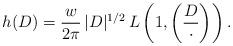
LaTeX: \begin{align*}h(D)=\frac{w}{2\pi}\,|D|^{1/2}\,L\left(1,\left(\frac{D}{\cdot}\right)\right).\end{align*}